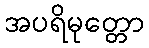
အပရိမုတ္တော